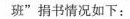
班”捐书情况如下：